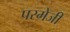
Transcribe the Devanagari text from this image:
परमेजी